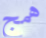
همج